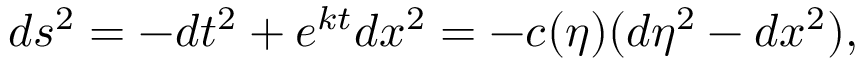
d s ^ { 2 } = - d t ^ { 2 } + e ^ { k t } d x ^ { 2 } = - c ( \eta ) ( d \eta ^ { 2 } - d x ^ { 2 } ) ,